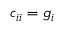
c _ { i i } = g _ { i }